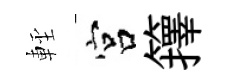
䡖宫籜